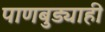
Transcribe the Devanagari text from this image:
पाणबुड्याही